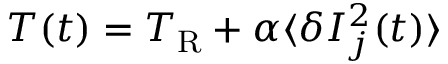
T ( t ) = T _ { \mathrm { R } } + \alpha \langle \delta I _ { j } ^ { 2 } ( t ) \rangle